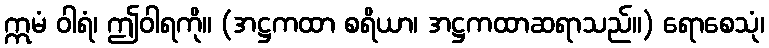
ဣမံ ဝါရံ၊ ဤဝါရကို။ (အဋ္ဌကထာ စရိယာ၊ အဋ္ဌကထာဆရာသည်။) ရောစေသုံ၊